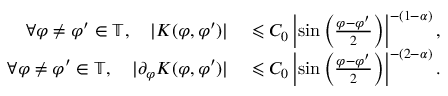
\begin{array} { r l } { \forall \varphi \neq \varphi ^ { \prime } \in \mathbb { T } , \quad | K ( \varphi , \varphi ^ { \prime } ) | } & { { } \leqslant C _ { 0 } \left| \sin \left( \frac { \varphi - \varphi ^ { \prime } } { 2 } \right) \right| ^ { - ( 1 - \alpha ) } , } \\ { \forall \varphi \neq \varphi ^ { \prime } \in \mathbb { T } , \quad | \partial _ { \varphi } K ( \varphi , \varphi ^ { \prime } ) | } & { { } \leqslant C _ { 0 } \left| \sin \left( \frac { \varphi - \varphi ^ { \prime } } { 2 } \right) \right| ^ { - ( 2 - \alpha ) } . } \end{array}